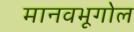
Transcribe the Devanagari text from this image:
मानवभूगोल